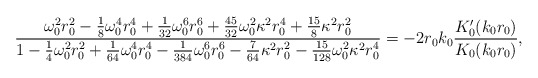
\begin{align*}\frac{\omega_0^2r_0^2 - \frac18\omega_0^4r_0^4 + \frac{1}{32}\omega_0^6r_0^6 + \frac{45}{32}\omega_0^2\kappa^2r_0^4 + \frac{15}{8}\kappa^2r_0^2} {1 - \frac14\omega_0^2r_0^2 +\frac{1}{64}\omega_0^4r_0^4 - \frac{1}{384}\omega_0^6r_0^6 - \frac{7}{64}\kappa^2r_0^2 - \frac{15}{128}\omega_0^2\kappa^2r_0^4} = -2r_0k_0\frac{K_0'(k_0r_0)}{K_0(k_0r_0)},\end{align*}